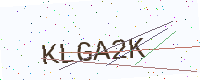
Text: KLGA2K